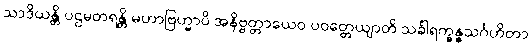
သာဒိယန္တိ ပဌမတရန္တိ မဟာဗြဟ္မာပိ အနိဗ္ဗတ္တာယေဝ ပဝတ္တေယျာတိ သင်္ခါရက္ခန္ဓသင်္ဂဟိတာ